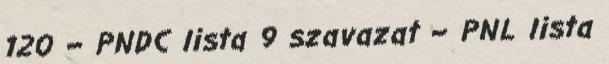
120 – PNDC lista 9 szavazat – PNL lista